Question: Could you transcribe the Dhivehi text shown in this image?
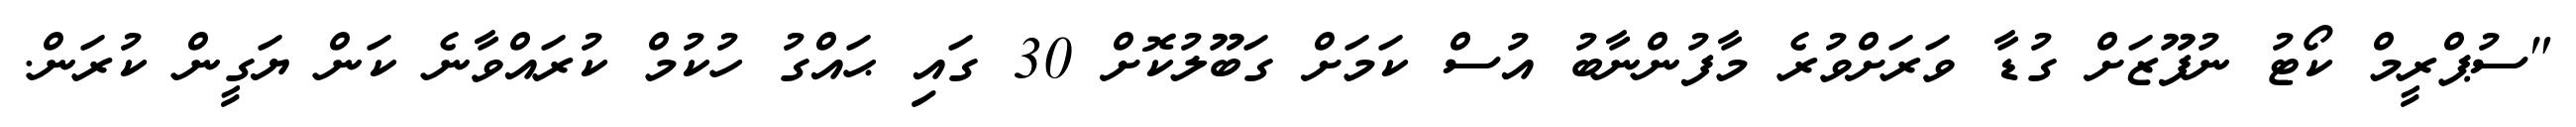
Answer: "ސުޕްރީމް ކޯޓު ނުފޫޒަށް ގުޑާ ވަރަށްވުރެ މާފުންނާބު އުސް ކަމަށް ގަބޫލުކޮށް 30 ގައި ޙައްގު ހުކުމް ކުރައްވާނެ ކަން ޔަގީން ކުރަން.